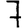
Digit: 7